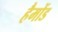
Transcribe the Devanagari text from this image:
हैमोंड